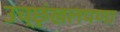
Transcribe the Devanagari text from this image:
उच्छृंखलपणा